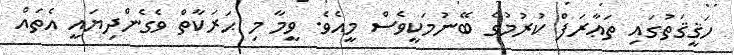
ހަޤީޤަތުގައި ތަޢާރަފް ކުރުމުގެ ބޭނުމަކީވެސް މީއެވެ. ވީމާ މި ޙަރަކާތް ވެގެންދިޔައީ އެތައް